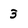
Character: 3